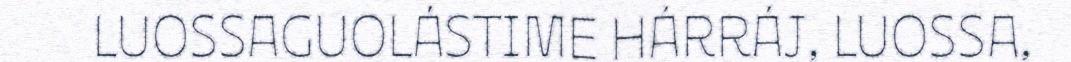
LUOSSAGUOLÁSTIME HÁRRÁJ, LUOSSA,